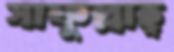
সাফুল্লাহ্